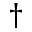
\dagger